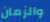
والزمان